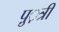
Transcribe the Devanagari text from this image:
पु़़त्री